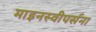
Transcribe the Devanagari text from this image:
माइनस्वीपर्सना